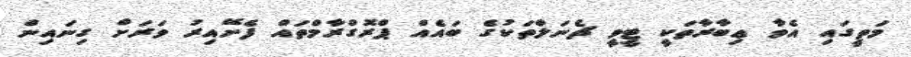
މަތީގައި އެވާ ޢިބާރާތަކީ ޓީވީ ޗެނަލްތަކުގެ ބައެއް ޕްރޮގްރާމްތައް ފެށޭއިރު ވަރަށް ގިނައިން